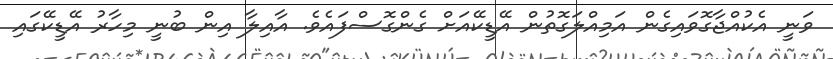
ވަނީ އެކުއްޖާގޮވައިގެން އަމިއްލަގޮތުން އޭޑީކޭއަށް ގެންގޮސްފައެވެ. އާއިލާ އިން ބުނީ މިހާރު އޭޑީކޭގައި